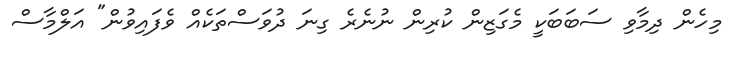
މިހެން ދިމާވި ސަބަބަކީ މެގަޒިން ކުރިން ނުނެރެ ގިނަ ދުވަސްތަކެއް ވެފައިވުން" އަލްމާސް